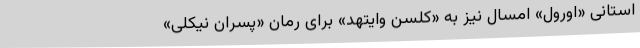
استانی «اورول» امسال نیز به «کلسن وایتهد» برای رمان «پسران نیکلی»